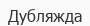
Дубляжда